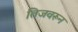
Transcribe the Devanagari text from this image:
तिजवरून